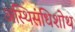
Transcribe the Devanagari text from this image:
अस्थिसंधिशोथ